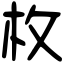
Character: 枚